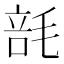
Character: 𰚢